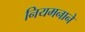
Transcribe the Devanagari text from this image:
नियमनाने